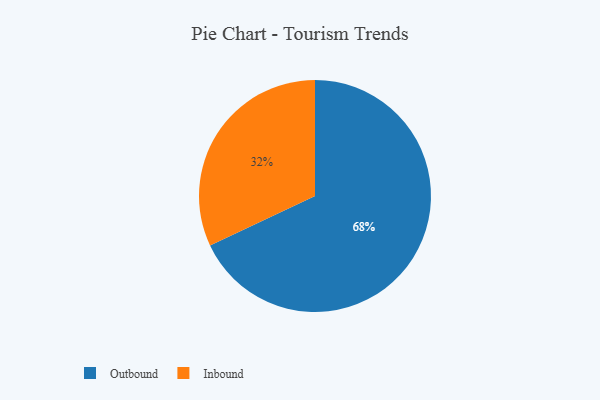
{"axis": {"x": "Category", "y": "Percentage"}, "legend": ["Inbound", "Outbound"], "data": [{"x": "Inbound", "y": 32, "type": "Inbound"}, {"x": "Outbound", "y": 68, "type": "Outbound"}]}